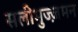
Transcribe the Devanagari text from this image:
सलीमुज्ज़मन